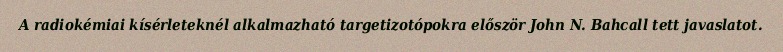
A radiokémiai kísérleteknél alkalmazható targetizotópokra először John N. Bahcall tett javaslatot.